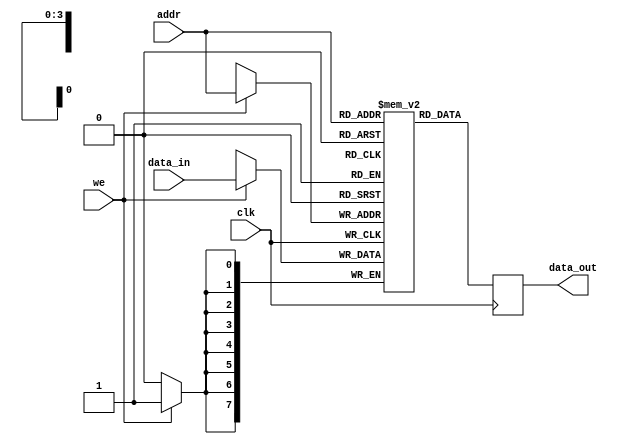
module Parameterized_RAM #(
    parameter DATA_WIDTH = 8,  // Width of the data bus
    parameter ADDR_WIDTH = 4    // Address width, depth will be 2^ADDR_WIDTH
)(
    input wire clk,                     // Clock signal
    input wire we,                      // Write enable
    input wire [ADDR_WIDTH-1:0] addr,  // Address input
    input wire [DATA_WIDTH-1:0] data_in,// Data input
    output reg [DATA_WIDTH-1:0] data_out // Data output
);

    // Memory array declaration
    reg [DATA_WIDTH-1:0] ram [(2**ADDR_WIDTH)-1:0];

    // Synchronous read/write operation
    always @(posedge clk) begin
        if (we) begin
            ram[addr] <= data_in;  // Write data to RAM
        end
        data_out <= ram[addr];      // Read data from RAM
    end

    // Optional asynchronous reset logic
    // Uncomment the following lines if reset functionality is needed
    /*
    input wire rst; // Asynchronous reset
    always @(posedge clk or posedge rst) begin
        if (rst) begin
            integer i;
            for (i = 0; i < (2**ADDR_WIDTH); i = i + 1) begin
                ram[i] <= 0; // Initialize memory to zero
            end
        end else begin
            if (we) begin
                ram[addr] <= data_in;  // Write data to RAM
            end
            data_out <= ram[addr];      // Read data from RAM
        end
    end
    */

endmodule